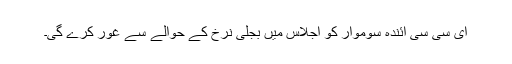
ای سی سی آئندہ سوموار کو اجلاس میں بجلی نرخ کے حوالے سے غور کرے گی۔